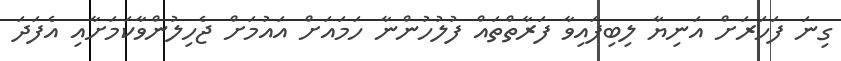
ގިނަ ފަހަރަށް އަނިޔާ ލިބިފައިވާ ފަރާތްތައް ފުލުހުންނާ ހަމައަށް އައުމަށް ޖެހިލުންވާކަމަށާއި އެފަދަ